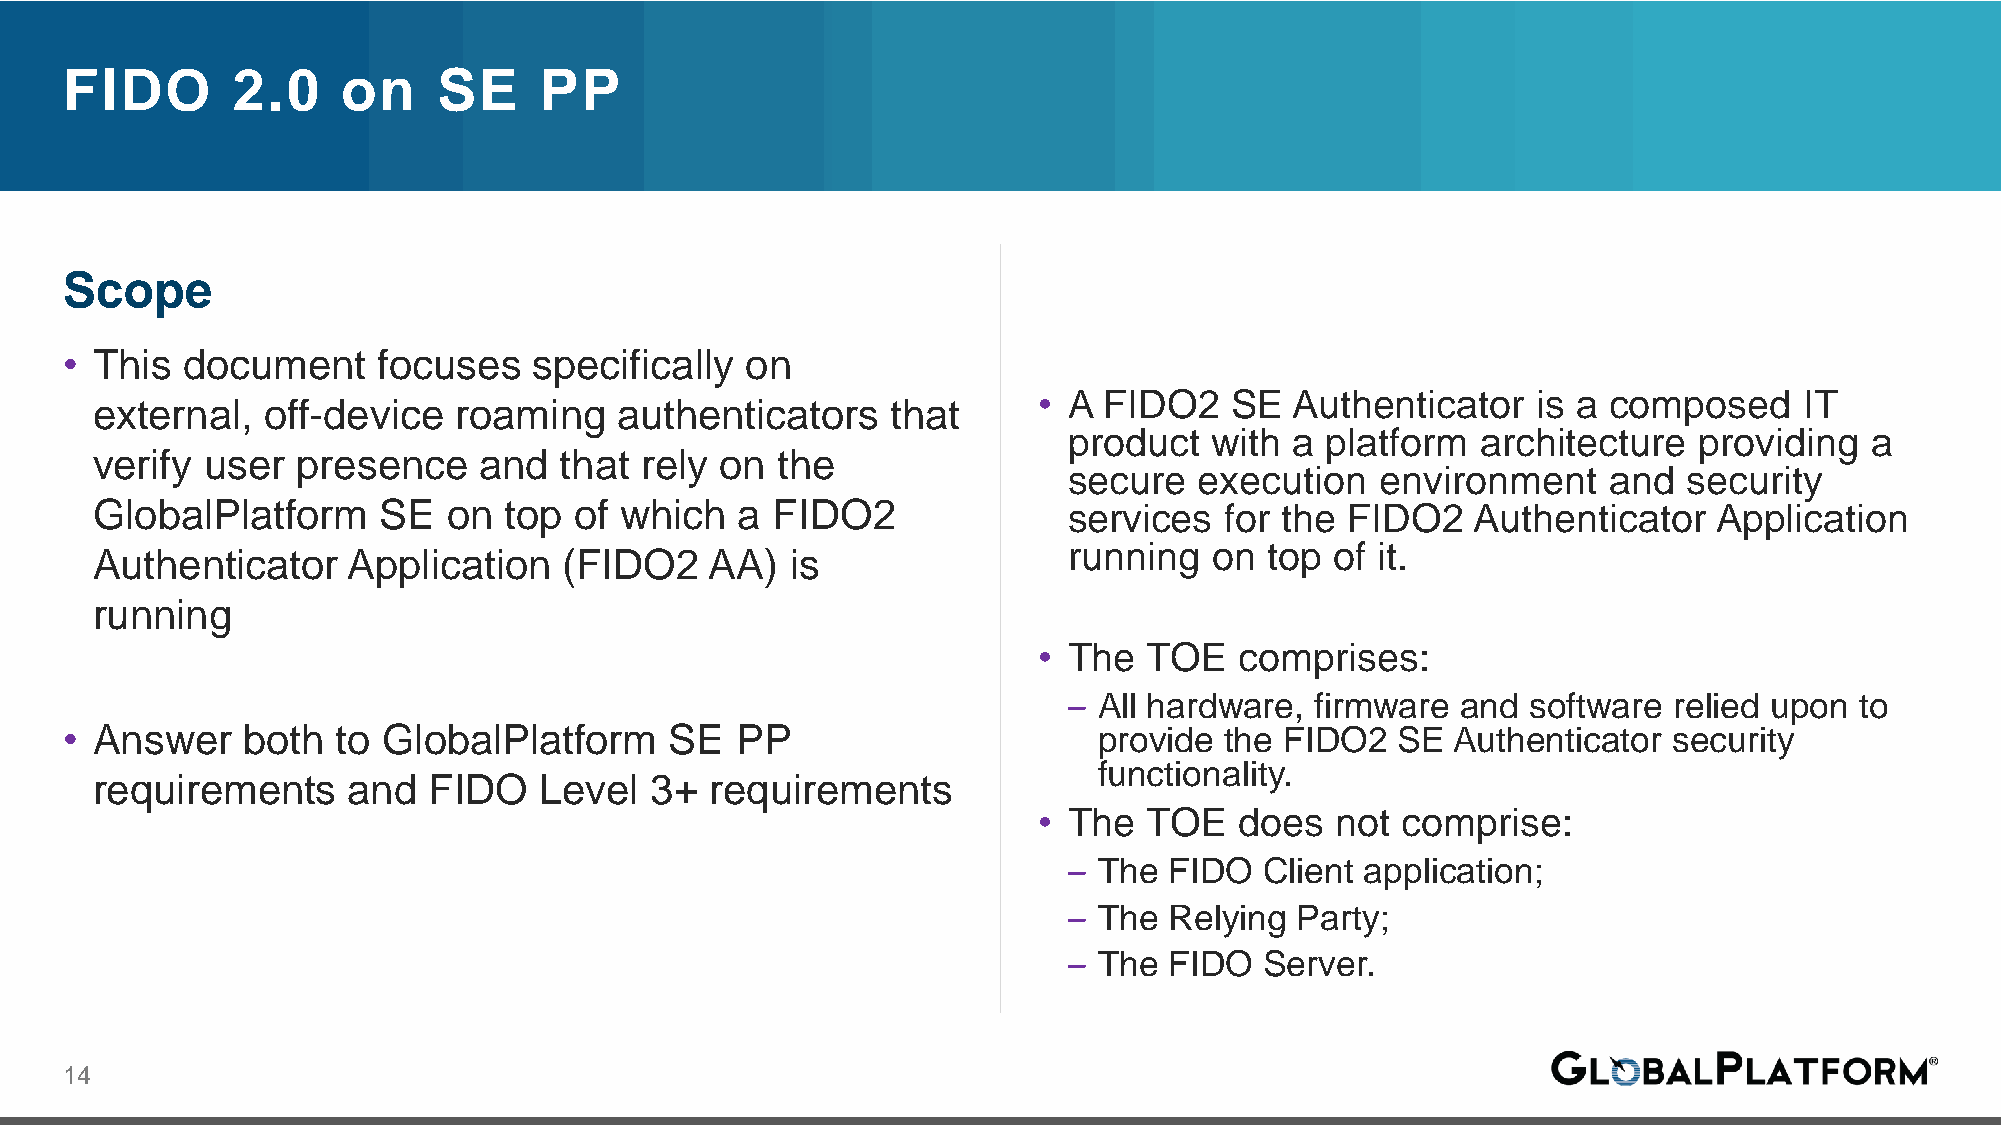
FIDO       2.0     on    SE     PP
 Scope
 • This  document     focuses   specifically  on
 • A FIDO2   SE   Authenticator   is a composed    IT
 external,  off-device   roaming    authenticators    that
 product  with  a platform  architecture  providing   a
 verify user   presence    and  that rely  on the
 secure  execution   environment    and   security
 GlobalPlatform     SE   on top  of which   a FIDO2               services  for the FIDO2    Authenticator   Application
 running  on  top of it.
 Authenticator    Application   (FIDO2    AA)  is
 running
 • The  TOE   comprises:
 – All hardware, firmware  and software  relied upon to
 • Answer    both  to GlobalPlatform     SE   PP                      provide the FIDO2   SE Authenticator  security
 functionality.
 requirements     and  FIDO    Level  3+  requirements
 • The  TOE   does  not  comprise:
 – The FIDO   Client application;
 – The Relying  Party;
 – The FIDO   Server.
 14